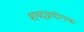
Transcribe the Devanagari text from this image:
शब्दप्रयोगक